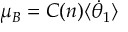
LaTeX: \Delta \Pi = ( Q \rho ) ^ { - n } K _ { n } ( Q \rho ) \propto ( Q \rho ) ^ { - n - 1 / 2 } \mathrm { e } ^ { - Q \rho } \, ,